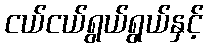
ငယ်ငယ်ရွယ်ရွယ်နှင့်